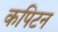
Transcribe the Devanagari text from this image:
कपिटन